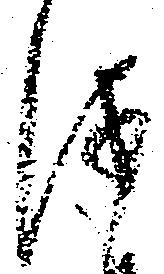
儀